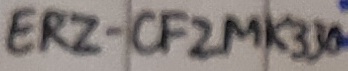
Text: ERZ-CF2MK330